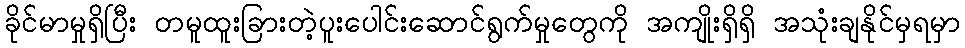
ခိုင်မာမှုရှိပြီး တမူထူးခြားတဲ့ပူးပေါင်းဆောင်ရွက်မှုတွေကို အကျိုးရှိရှိ အသုံးချနိုင်မှရမှာ